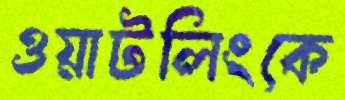
ওয়াটলিংকে